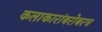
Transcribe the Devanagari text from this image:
कलाकारांबरोबरच